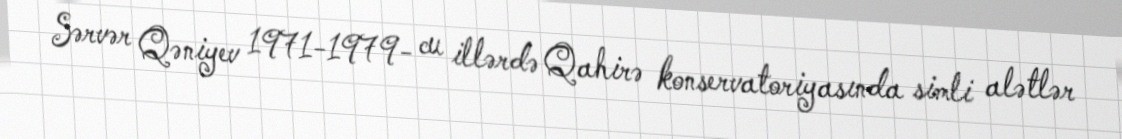
Sərvər Qəniyev 1971-1979- cu illərdə Qahirə konservatoriyasında simli alətlər